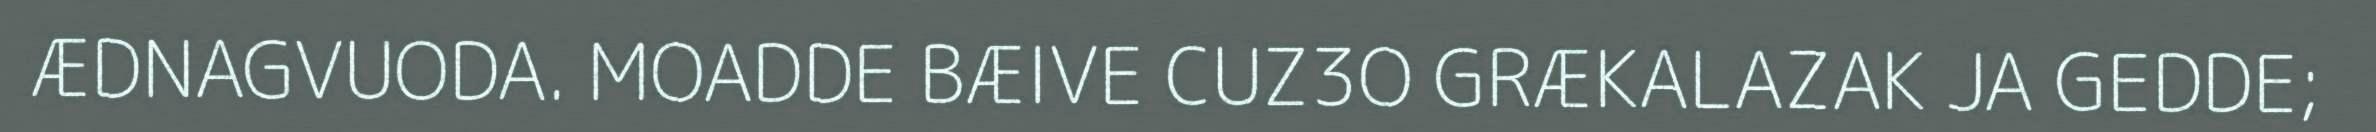
ÆDNAGVUODA. MOADDE BÆIVE CUZ3O GRÆKALAZAK JA GEDDE;